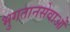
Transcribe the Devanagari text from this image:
भुगतानसेवाओं